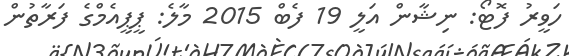
ހަވީރު ފޮޓޯ: ނިޝާން އަލީ 19 ފެބް 2015 މާލެ: ޕީޕީއެމްގެ ފަރާތުން